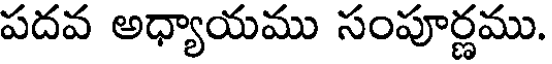
పదవ అధ్యాయము సంపూర్ణము.